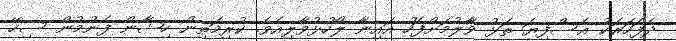
ދެފަހަރަކު އެސްފިޔަ ތަޅު ވާލުމަށްފަހު އައިނާ ލޯހުޅުވާލިއެވެ. ކުރިމަތިން ހިޝާން ފެނުމުން ސިހޭ